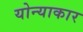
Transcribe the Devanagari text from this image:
योन्याकार